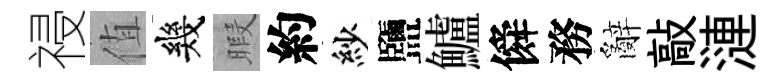
祲值幾暇約紗鹽鱸僢務辭敲漣